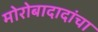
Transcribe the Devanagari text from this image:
मोरोबादादांचा